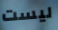
ليست